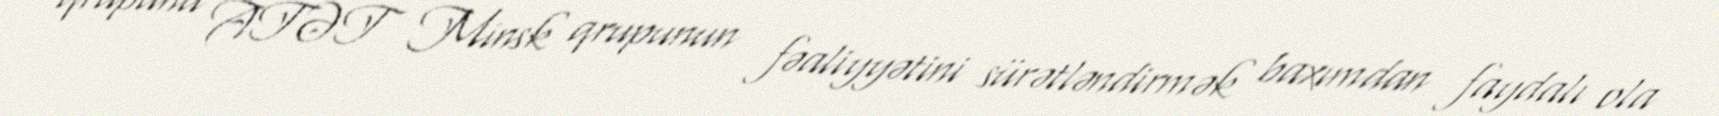
qrupunu ATƏT Minsk qrupunun fəaliyyətini sürətləndirmək baxımdan faydalı ola